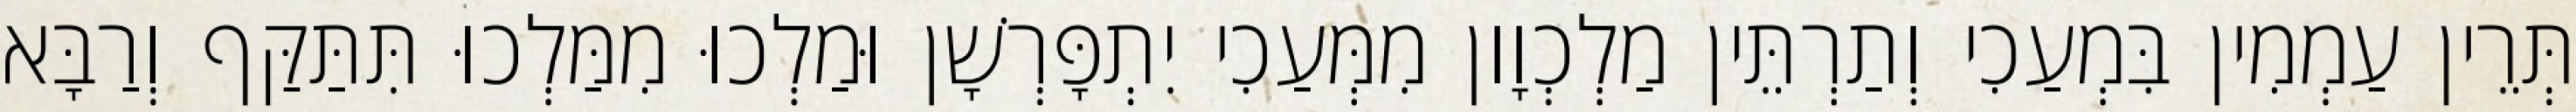
תְּרֵין עַמְמִין בִּמְעַכִי וְתַרְתֵּין מַלְכְוָון מִמְּעַכִי יִתְפָּרְשָׁן וּמַלְכוּ מִמַּלְכוּ תִּתַּקַּף וְרַבָּא